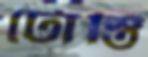
টোস্তি